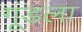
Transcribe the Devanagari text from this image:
गूंडला